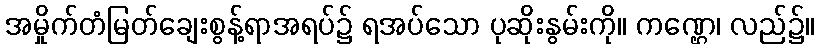
အမှိုက်တံမြတ်ချေးစွန့်ရာအရပ်၌ ရအပ်သော ပုဆိုးနွမ်းကို။ ကဏ္ဌေ၊ လည်၌။